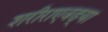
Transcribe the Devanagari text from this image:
शरीराएवढ्या